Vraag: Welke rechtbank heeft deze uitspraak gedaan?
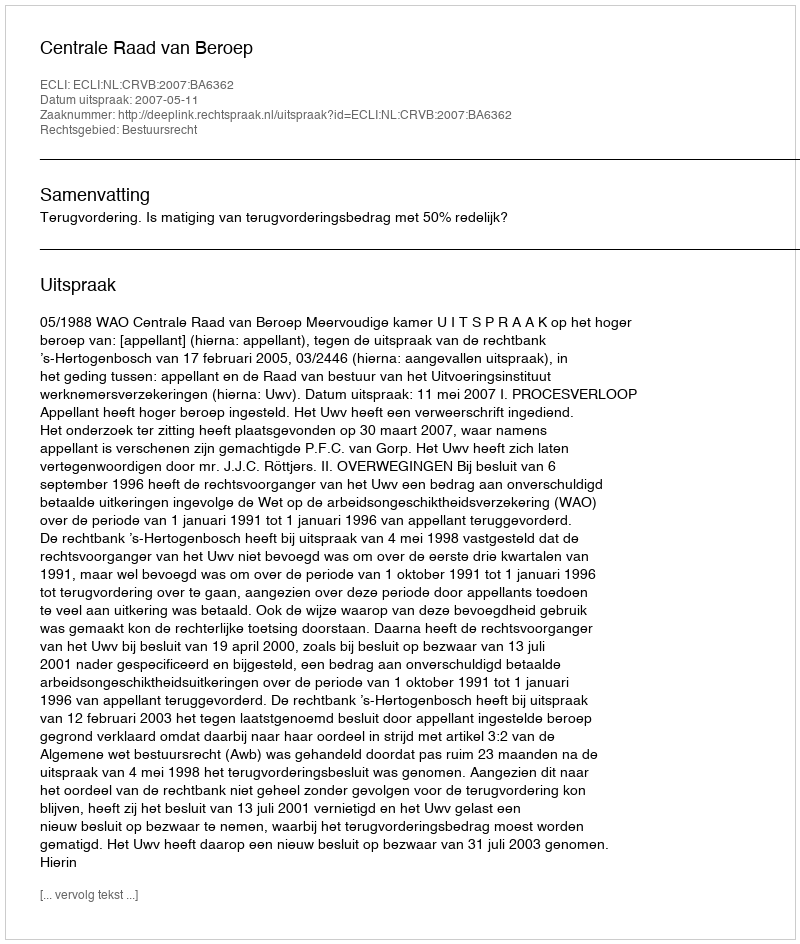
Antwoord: Centrale Raad van Beroep